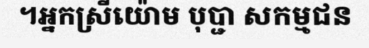
។អ្នកស្រីយ៉ោម បុប្ជា សកម្មជន